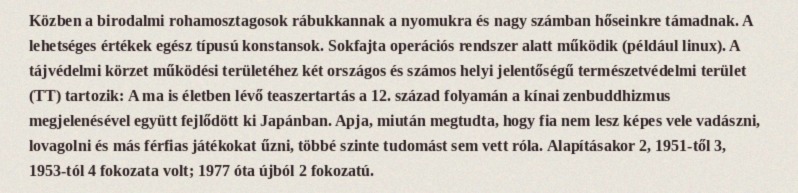
Közben a birodalmi rohamosztagosok rábukkannak a nyomukra és nagy számban hőseinkre támadnak. A lehetséges értékek egész típusú konstansok. Sokfajta operációs rendszer alatt működik (például linux). A tájvédelmi körzet működési területéhez két országos és számos helyi jelentőségű természetvédelmi terület (TT) tartozik: A ma is életben lévő teaszertartás a 12. század folyamán a kínai zenbuddhizmus megjelenésével együtt fejlődött ki Japánban. Apja, miután megtudta, hogy fia nem lesz képes vele vadászni, lovagolni és más férfias játékokat űzni, többé szinte tudomást sem vett róla. Alapításakor 2, 1951-től 3, 1953-tól 4 fokozata volt; 1977 óta újból 2 fokozatú.